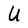
Character: U